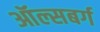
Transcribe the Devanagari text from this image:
ऑल्सबर्ग